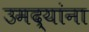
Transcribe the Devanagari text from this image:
उमद्यांना